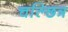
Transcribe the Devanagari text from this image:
चल्छित्र